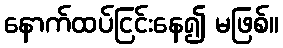
နောက်ထပ်ငြင်းနေ၍ မဖြစ်။